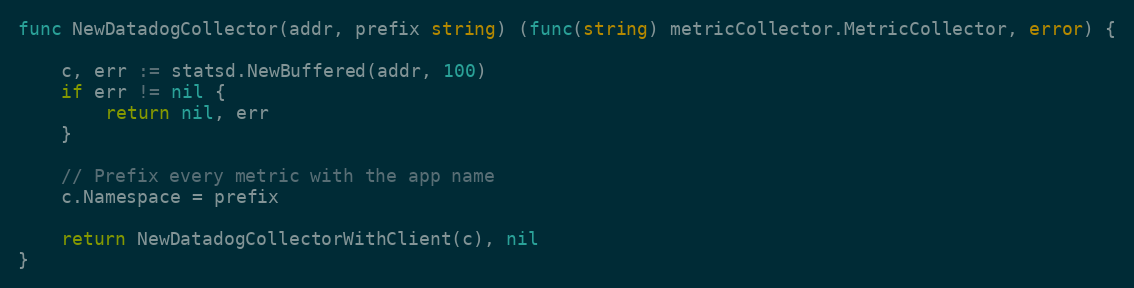
Language: Go
func NewDatadogCollector(addr, prefix string) (func(string) metricCollector.MetricCollector, error) {

	c, err := statsd.NewBuffered(addr, 100)
	if err != nil {
		return nil, err
	}

	// Prefix every metric with the app name
	c.Namespace = prefix

	return NewDatadogCollectorWithClient(c), nil
}